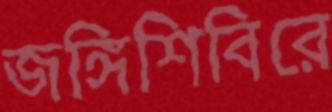
জঙ্গিশিবিরে